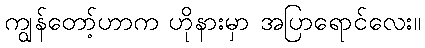
ကျွန်တော့်ဟာက ဟိုနားမှာ အပြာရောင်လေး။